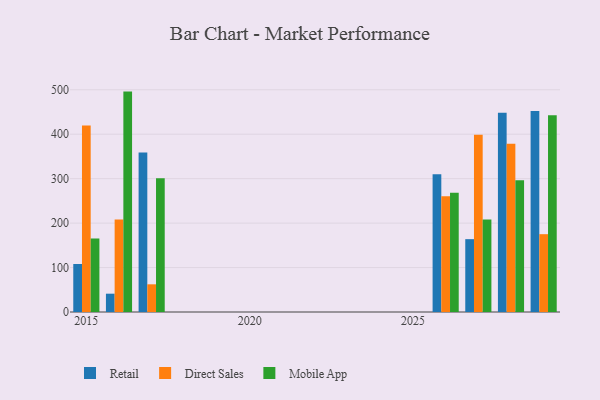
{"axis": {"x": "Year", "y": "Net Income (USD K)"}, "legend": ["Direct Sales", "Mobile App", "Retail"], "data": [{"x": "2028", "y": 448.4, "type": "Retail"}, {"x": "2028", "y": 378.5, "type": "Direct Sales"}, {"x": "2028", "y": 296.6, "type": "Mobile App"}, {"x": "2015", "y": 108.0, "type": "Retail"}, {"x": "2015", "y": 419.9, "type": "Direct Sales"}, {"x": "2015", "y": 165.4, "type": "Mobile App"}, {"x": "2017", "y": 358.7, "type": "Retail"}, {"x": "2017", "y": 62.3, "type": "Direct Sales"}, {"x": "2017", "y": 301.1, "type": "Mobile App"}, {"x": "2027", "y": 163.9, "type": "Retail"}, {"x": "2027", "y": 398.8, "type": "Direct Sales"}, {"x": "2027", "y": 207.9, "type": "Mobile App"}, {"x": "2029", "y": 452.5, "type": "Retail"}, {"x": "2029", "y": 175.1, "type": "Direct Sales"}, {"x": "2029", "y": 442.6, "type": "Mobile App"}, {"x": "2016", "y": 41.2, "type": "Retail"}, {"x": "2016", "y": 208.2, "type": "Direct Sales"}, {"x": "2016", "y": 495.9, "type": "Mobile App"}, {"x": "2026", "y": 310.0, "type": "Retail"}, {"x": "2026", "y": 260.5, "type": "Direct Sales"}, {"x": "2026", "y": 268.1, "type": "Mobile App"}]}